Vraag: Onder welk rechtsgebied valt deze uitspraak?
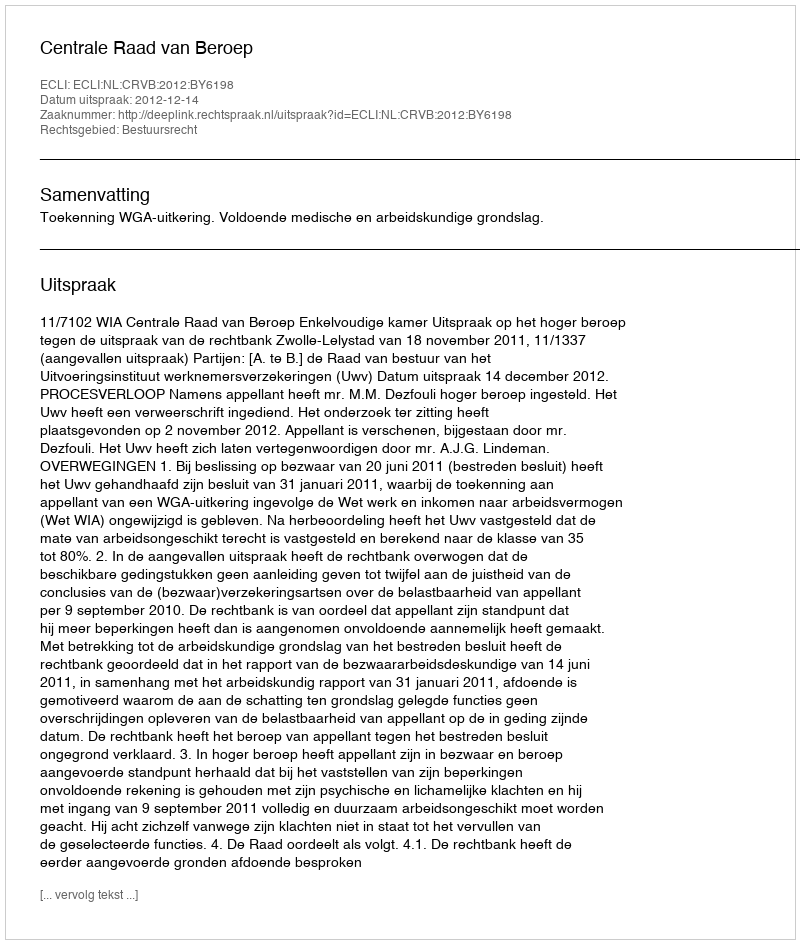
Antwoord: Bestuursrecht